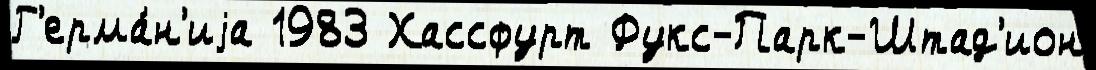
Г'ерма́н'иjа 1983 Хассфурт Фукс-Парк-Штад'ион